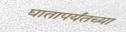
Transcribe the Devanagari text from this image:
घातापर्यंतच्या